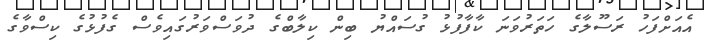
އެއަށްފަހު ރަސޫލާގެ ހަތަރުވަނަ ކާފާފުޅު ގުސައްޔު ބިން ކިލާބްގެ ދުވަސްވަރުގައިވެސް ގެފުޅުގެ ކިސްވާގެ